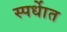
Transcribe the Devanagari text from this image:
स्पर्धाेत